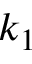
k _ { 1 }